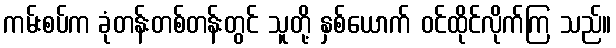
ကမ်းစပ်က ခုံတန်းတစ်တန်းတွင် သူတို့ နှစ်ယောက် ဝင်ထိုင်လိုက်ကြ သည်။